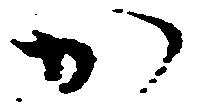
か